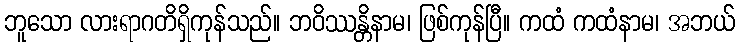
ဘူသော လားရာဂတိရှိကုန်သည်။ ဘဝိဿန္တိနာမ၊ ဖြစ်ကုန်ပြီ။ ကထံ ကထံနာမ၊ အဘယ်